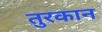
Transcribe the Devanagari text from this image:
तुरकान